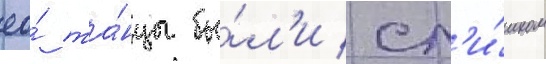
ео́ та́нцы бы́л'и сл'и́шком